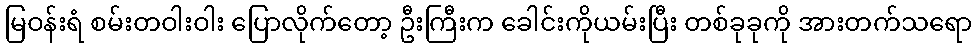
မြဝန်းရံ စမ်းတဝါးဝါး ပြောလိုက်တော့ ဦးကြီးက ခေါင်းကိုယမ်းပြီး တစ်ခုခုကို အားတက်သရော